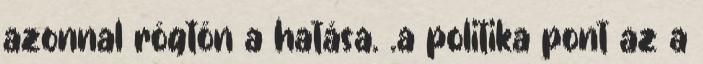
azonnal rögtön a hatása. .a politika pont az a